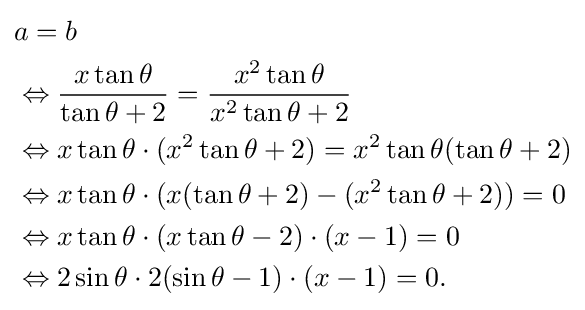
{\begin{aligned}&a=b\\&\Leftrightarrow {\frac {x\tan \theta }{\tan \theta +2}}={\frac {x^{2}\tan \theta }{x^{2}\tan \theta +2}}\\&\Leftrightarrow x\tan \theta \cdot (x^{2}\tan \theta +2)=x^{2}\tan \theta (\tan \theta +2)\\&\Leftrightarrow x\tan \theta \cdot (x(\tan \theta +2)-(x^{2}\tan \theta +2))=0\\&\Leftrightarrow x\tan \theta \cdot (x\tan \theta -2)\cdot (x-1)=0\\&\Leftrightarrow 2\sin \theta \cdot 2(\sin \theta -1)\cdot (x-1)=0.\end{aligned}}